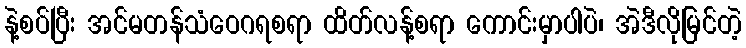
နဲ့စပ်ပြီး အင်မတန်သံဝေဂရစရာ ထိတ်လန့်စရာ ကောင်းမှာပါပဲ၊ အဲဒီလိုမြင်တဲ့